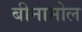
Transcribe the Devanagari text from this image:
बीनामोल